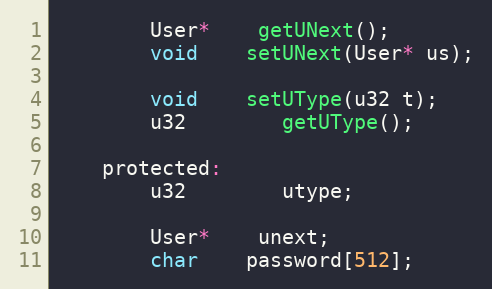
Language: C
		User*	getUNext();
		void	setUNext(User* us);

		void	setUType(u32 t);
		u32		getUType();

	protected:
		u32		utype;

		User*	unext;
		char	password[512];